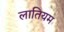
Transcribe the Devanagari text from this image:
लातियम